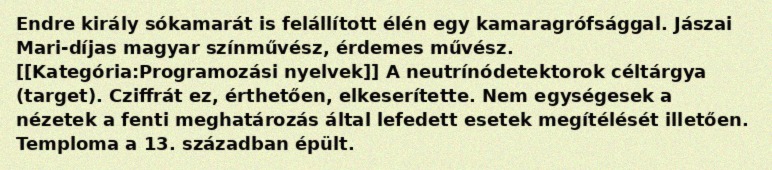
Endre király sókamarát is felállított élén egy kamaragrófsággal. Jászai Mari-díjas magyar színművész, érdemes művész. [[Kategória:Programozási nyelvek]] A neutrínódetektorok céltárgya (target). Cziffrát ez, érthetően, elkeserítette. Nem egységesek a nézetek a fenti meghatározás által lefedett esetek megítélését illetően. Temploma a 13. században épült.